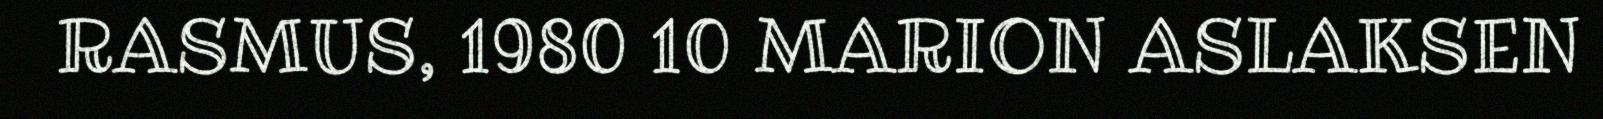
RASMUS, 1980 10 MARION ASLAKSEN